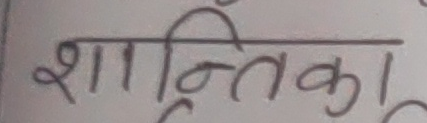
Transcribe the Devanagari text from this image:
शांतिका